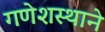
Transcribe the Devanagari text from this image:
गणेशस्थाने